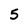
Character: 5